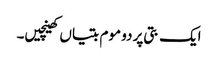
ایک بتی پر دو موم بتیاں کھینچیں۔